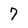
Character: 7